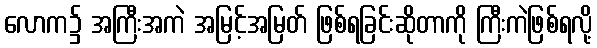
လောက၌ အကြီးအကဲ အမြင့်အမြတ် ဖြစ်ရခြင်းဆိုတာကို ကြီးကဲဖြစ်ရလို့